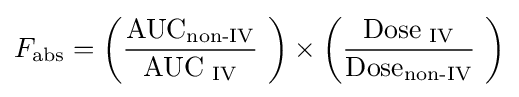
F_{\text{abs}}=\left({\frac {{\text{AUC}}_{\text{non-IV}}}{{\text{AUC}}_{\text{ IV}}}}\ \right)\times \left({\frac {{\text{Dose}}_{\text{ IV}}}{{\text{Dose}}_{\text{non-IV}}}}\ \right)